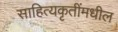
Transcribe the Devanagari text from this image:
साहित्यकृतींमधील